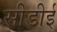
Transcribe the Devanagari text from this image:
सीडीई